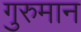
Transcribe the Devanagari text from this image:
गुरुमान